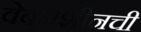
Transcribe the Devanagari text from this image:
वेबमशीनची